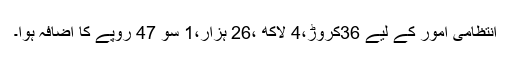
انتظامی امور کے لیے 36کروڑ،4 لاکھ ،26 ہزار،1 سو 47 روپے کا اضاٖفہ ہوا۔